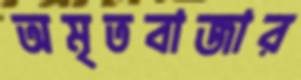
অমৃতবাজার